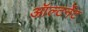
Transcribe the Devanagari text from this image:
ऑल्टर्नेट